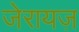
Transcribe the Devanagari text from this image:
जेरायज़